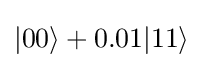
|00\rangle +0.01|11\rangle